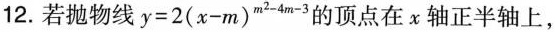
12.若抛物线 $$y=2(x-m)^{m^{2}-4m-3}$$ 的顶点在x轴正半轴上，